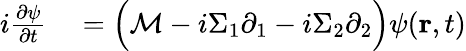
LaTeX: \begin{array}{r}{\begin{array}{rl}{i\frac{\partial\psi}{\partial t}}&{{}=\Big(\mathcal{M}-i\Sigma_{1}\partial_{1}-i\Sigma_{2}\partial_{2}\Big)\psi(\mathbf{r},t)}\end{array}}\end{array}